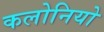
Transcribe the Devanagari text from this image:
कलोनियो